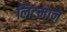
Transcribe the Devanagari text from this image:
लिटमान